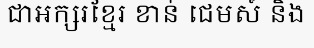
ជាអក្សរខ្មែរ ខាន់ ជេមស៍ និង